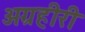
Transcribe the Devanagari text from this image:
अग्रहीरी